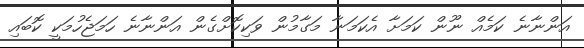
އަންނާނެ ކަމެއް ނޫން ކަމަށާ އެކަމަނާ މަގާމުން ވަކިކޮށްގެން އަންނާނެ ހަމަޖެހުމަކީ ކޮބައި